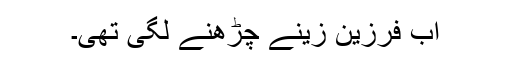
اب فرزین زینے چڑھنے لگی تھی۔